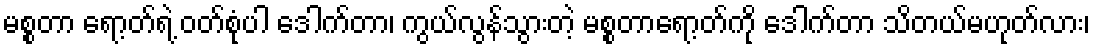
မစ္စတာ ရော့တ်ရဲ့ ဝတ်စုံပါ ဒေါက်တာ၊ ကွယ်လွန်သွားတဲ့ မစ္စတာရော့တ်ကို ဒေါက်တာ သိတယ်မဟုတ်လား၊